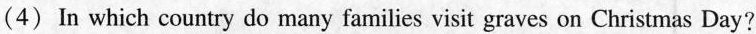
(4) In which country do many families visit graves on Christmas Day?